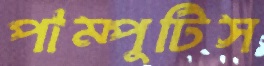
পাম্পুটিস